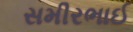
સમીરભાઈ